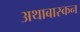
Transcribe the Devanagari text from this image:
अथाबास्कन